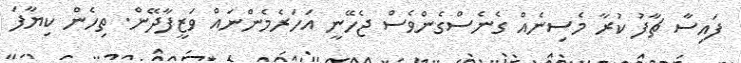
ފައިސާ ޗާފު ކުރާ މެސިނެއް ގެނެސްގެންވެސް ޖެހޭނީ އަހަރެމެންނައް ވަޒީފާދޭން. ތިހެން ކިޔާފަ